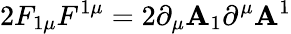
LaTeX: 2F_{1\mu}F^{1\mu}=2\partial_{\mu}\mathbf{A}_{1}\partial^{\mu}\mathbf{A}^{1}